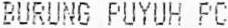
BURUNG PUYUH PC